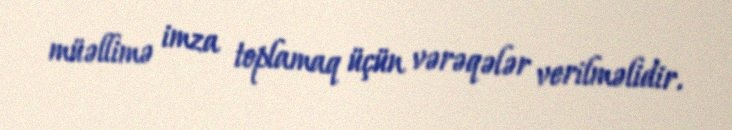
müəllimə imza toplamaq üçün vərəqələr verilməlidir.